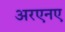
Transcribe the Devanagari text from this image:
अरएनए